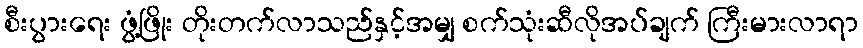
စီးပွားရေး ဖွံ့ဖြိုး တိုးတက်လာသည်နှင့်အမျှ စက်သုံးဆီလိုအပ်ချက် ကြီးမားလာရာ